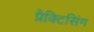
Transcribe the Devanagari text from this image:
प्रैक्टिसिंग